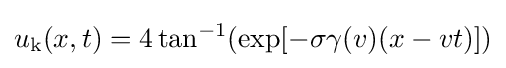
u_{\text{k}}(x,t)=4\tan ^{-1}(\exp[-\sigma \gamma (v)(x-vt)])